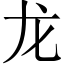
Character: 龙